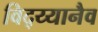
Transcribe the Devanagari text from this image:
विद्य्यानैव